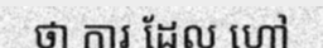
ថា ការ ដែល ហៅ